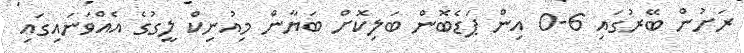
ރަށުން ބޭރުގައި 6-0 އިން ޕަޑެބޮން ބަލިކޮށް ބަޔާން މިއުނިކް ލީގުގެ އެއްވަނައިގައި